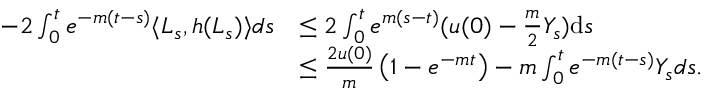
\begin{array} { r l } { - 2 \int _ { 0 } ^ { t } e ^ { - m ( t - s ) } \langle L _ { s } , h ( L _ { s } ) \rangle d s } & { \leq 2 \int _ { 0 } ^ { t } e ^ { m ( s - t ) } ( u ( 0 ) - \frac { m } { 2 } Y _ { s } ) \mathrm { d } s } \\ & { \leq \frac { 2 u ( 0 ) } { m } \left( 1 - e ^ { - m t } \right) - m \int _ { 0 } ^ { t } e ^ { - m ( t - s ) } Y _ { s } d s . } \end{array}